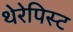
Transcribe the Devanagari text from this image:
थेरेपिस्ट